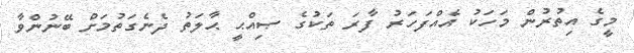
މީގެ އިތުރުން މަހަކު އެއްފަހަރު ފާރަ ތަކުގެ ޞިއްޙީ ޙާލަތު ދެނެގަތުމަށް ބޭނުންވާ